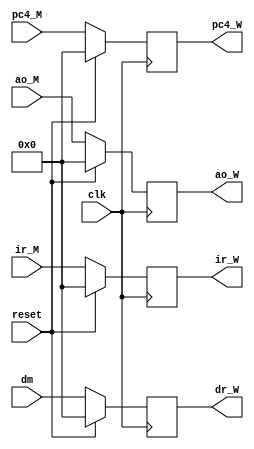
module W (
           input [31:0] ir_M,
           input [31:0] pc4_M,
           input [31:0] ao_M,
           input [31:0] dm,
           input clk,
           input reset,
           output [31:0] ir_W,
           output [31:0] pc4_W,
           output [31:0] ao_W,
           output [31:0] dr_W
       );

reg [31:0] IR;
reg [31:0] PC4;
reg [31:0] AO;
reg [31:0] DR;

initial begin
    IR=0;
    PC4=0;
    AO=0;
    DR=0;
end

assign ir_W=IR;
assign pc4_W=PC4;
assign ao_W=AO;
assign dr_W=DR;

always @(posedge clk) begin
    if(reset) begin
        IR<=0;
        PC4<=0;
        AO<=0;
        DR<=0;
    end
    else begin
        IR<=ir_M;
        PC4<=pc4_M;
        AO<=ao_M;
        DR<=dm;
    end
end

endmodule